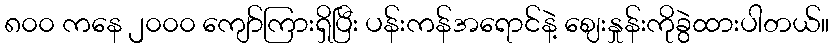
၈၀၀ ကနေ ၂၀၀၀ ကျော်ကြားရှိပြီး ပန်းကန်အရောင်နဲ့ ဈေးနှုန်းကိုခွဲထားပါတယ်။